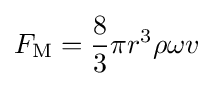
F_{\text{M}}={\frac {8}{3}}\pi r^{3}\rho \omega v